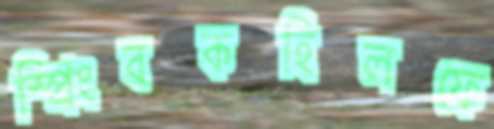
স্প্রিংবকহিলফে